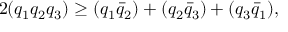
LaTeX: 2 ( q _ { 1 } q _ { 2 } q _ { 3 } ) \ge ( q _ { 1 } \bar { q } _ { 2 } ) + ( q _ { 2 } \bar { q } _ { 3 } ) + ( q _ { 3 } \bar { q } _ { 1 } ) ,